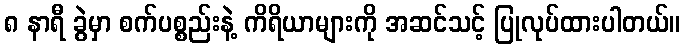
၈ နာရီ ခွဲမှာ စက်ပစ္စည်းနဲ့ ကိရိယာများကို အဆင်သင့် ပြုလုပ်ထားပါတယ်။